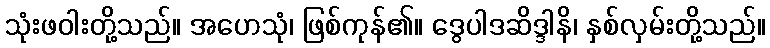
သုံးဖဝါးတို့သည်။ အဟေသုံ၊ ဖြစ်ကုန်၏။ ဒွေပါဒဆိဒ္ဒါနိ၊ နှစ်လှမ်းတို့သည်။